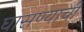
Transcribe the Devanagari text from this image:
घासण्याची